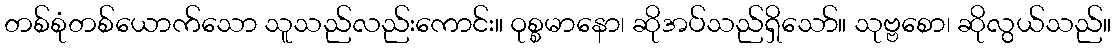
တစ်စုံတစ်ယောက်သော သူသည်လည်းကောင်း။ ဝုစ္စမာနော၊ ဆိုအပ်သည်ရှိသော်။ သုဗ္ဗစော၊ ဆိုလွယ်သည်။